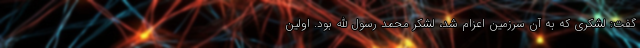
گفت: لشکری که به آن سرزمین اعزام شد، لشکر محمد رسول الله بود. اولین